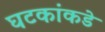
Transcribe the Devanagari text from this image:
घटकांकडे